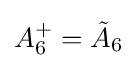
A_{6}^{+}={\tilde {A}}_{6}